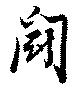
鬪